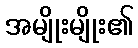
အမျိုးမျိုး၏